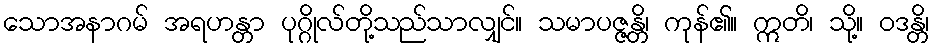
သောအနာဂမ် အရဟန္တာ ပုဂ္ဂိုလ်တို့သည်သာလျှင်။ သမာပဇ္ဇန္တိ၊ ကုန်၏။ ဣတိ၊ သို့။ ဝဒန္တိ၊